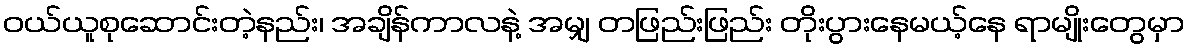
ဝယ်ယူစုဆောင်းတဲ့နည်း၊ အချိန်ကာလနဲ့ အမျှ တဖြည်းဖြည်း တိုးပွားနေမယ့်နေ ရာမျိုးတွေမှာ